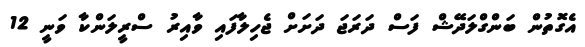
އެގޮތުން ބަންގްލަދޭޝް ފަސް ދަރަޖަ ދަށަށް ޖެހިލާފައި ވާއިރު ސްރީލަންކާ ވަނީ 12